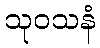
သုဝသနံ